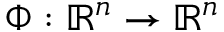
\Phi : \mathbb { R } ^ { n } \to \mathbb { R } ^ { n }